Annual administration report of the Civil Veterinary Department of India - 1896-1897
Year: 1896
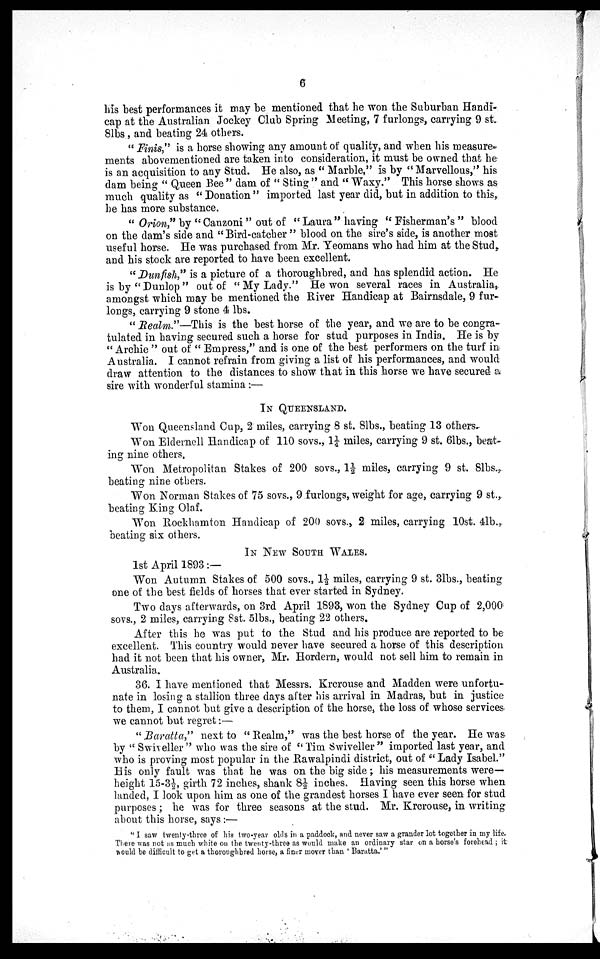
6
his best performances it may be mentioned that he won the Suburban Handi-
cap at the Australian Jockey Club Spring Meeting, 7 furlongs, carrying 9 st.
8lbs , and beating 24 others.
"Finis," is a horse showing any amount of quality, and when his measure-
ments abovementioned are taken into consideration, it must be owned that he
is an acquisition to any Stud. He also, as "Marble," is by "Marvellous," his
dam being "Queen Bee" dam of "Sting" and "Waxy." This horse shows as
much quality as "Donation" imported last year did, but in addition to this,
he has more substance.
"Orion" by "Canzoni" out of "Laura" having "Fisherman's" blood
on the dam's side and "Bird-catcher" blood on the sire's side, is another most
useful horse. He was purchased from Mr. Yeomans who had him at the Stud,
and his stock are reported to have been excellent.
"Dunfish," is a picture of a thoroughbred, and has splendid action. He
is by "Dunlop" out of "My Lady." He won several races in Australia,
amongst which may be mentioned the River Handicap at Bairnsdale, 9 fur-
longs, carrying 9 stone 4 lbs.
"Realm."—This is the best horse of the year, and we are to be congra-
tulated in having secured such a horse for stud purposes in India. He is by
"Archie" out of "Empress," and is one of the best performers on the turf in
Australia. I cannot refrain from giving a list of his performances, and would
draw attention to the distances to show that in this horse we have secured a
sire with wonderful stamina:—
IN QUEENSLAND.
Won Queensland Cup, 2 miles, carrying 8 st. 8lbs., beating 13 others-
Won Eldernell Handicap of 110 sovs., 1¼ miles, carrying 9 st. 6lbs., beat-
ing nine others.
Won Metropolitan Stakes of 200 sovs., 1½ miles, carrying 9 st. 8lbs.,
beating nine others.
Won Norman Stakes of 75 sovs., 9 furlongs, weight for age, carrying 9 st.,
beating King Olaf.
Won Rockhamton Handicap of 200 sovs., 2 miles, carrying 10st. 4lb.,
beating six others.
IN NEW SOUTH WALES.
1st April 1893:—
Won Autumn Stakes of 500 sovs., 1½ miles, carrying 9 st. 3lbs., beating
one of the best fields of horses that ever started in Sydney.
Two days afterwards, on 3rd April 1893, won the Sydney Cup of 2,000
sovs., 2 miles, carrying 8st. 5lbs., beating 22 others.
After this he was put to the Stud and his produce are reported to be
excellent. This country would never have secured a horse of this description
had it not been that his owner, Mr. Hordern, would not sell him to remain in
Australia.
36. I have mentioned that Messrs. Krcrouse and Madden were unfortu-
nate in losing a stallion three days after his arrival in Madras, but in justice
to them, I cannot but give a description of the horse, the loss of whose services
we cannot but regret:—
"Baratta," next to "Realm," was the best horse of the year. He was
by "Swiveller" who was the sire of "Tim Swiveller" imported last year, and
who is proving most popular in the Rawalpindi district, out of "Lady Isabel."
His only fault was that he was on the big side; his measurements were—
height 15-3½, girth 72 inches, shank 8½ inches. Having seen this horse when
landed, I look upon him as one of the grandest horses I have ever seen for stud
purposes; he was for three seasons at the stud. Mr. Krcrouse, in writing
about this horse, says:—
"I saw twenty-three of his two-year olds in a paddock, and never saw a grander lot together in my life.
There was not as much white on the twenty-three as would make an ordinary star on a horse's forehead; it
would be difficult to get a thoroughbred horse, a finer mover than 'Baratta.'"